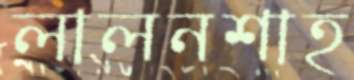
লালনশাহ